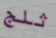
ثلج